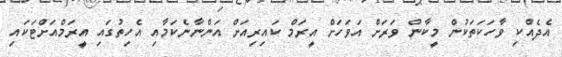
އެދެއްކި ވާހަކަތަކުން މީކާން ވަރަށް އަވަހަށް އީރަމް ކައިރިއަށް އަންނާނެކަމާއި އެހިތުގައި އީރަމްއަށްޓަކައި